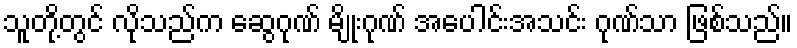
သူတို့တွင် လိုသည်က ဆွေဂုဏ် မျိုးဂုဏ် အပေါင်းအသင်း ဂုဏ်သာ ဖြစ်သည်။